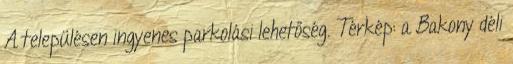
A településen ingyenes parkolási lehetőség. Térkép: a Bakony déli